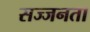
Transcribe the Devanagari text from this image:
सज्‍जनता